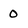
Character: 0